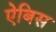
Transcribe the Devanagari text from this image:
ऐबिस